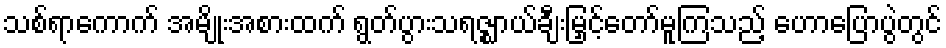
သစ်ရာကောက် အမျိုးအစားထက် ရွတ်ပွားသရဇ္ဈာယ်ချီးမြှင့်တော်မူကြသည့် ဟောပြောပွဲတွင်